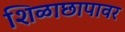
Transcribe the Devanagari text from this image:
शिळाछापावर